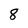
Character: 8